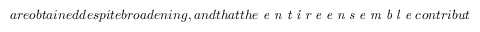
a r e o b t a i n e d d e s p i t e b r o a d e n i n g , a n d t h a t t h e \textit { e n t i r e e n s e m b l e } c o n t r i b u t e s t o t h e m e a s u r e m e n t o f t h e s m a l l e n e r g y d i f f e r e n c e s